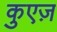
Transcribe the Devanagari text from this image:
कुएज़